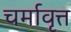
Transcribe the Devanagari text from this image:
चर्मावृत्त